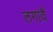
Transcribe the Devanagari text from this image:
लगावैं